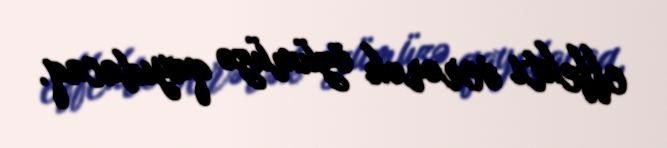
effekti verərək özümüzə qayıdacaq.